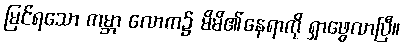
မြင်ရသော ကမ္ဘာ လောက၌ မိမိ၏နေရာကို ရှာဖွေလာပြီ။